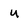
Character: U